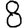
Digit: 8